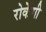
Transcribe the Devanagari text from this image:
रोकेंगी